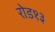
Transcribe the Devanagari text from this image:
रोड१३